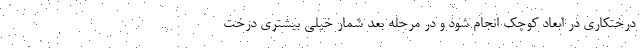
درختکاری در ابعاد کوچک انجام شود و در مرحله بعد شمار خیلی بیشتری درخت